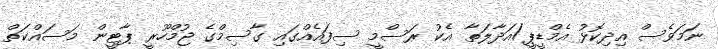
ނަމަވެސް އިދިކޮޅު އެމްޑީޕީ/އަދާލަތާ އެކު ރަސްމީ ސިފައެއްގައި ގާސިމްގެ ޖުމްހޫރީ ޕާޓީން މަސައްކަތް